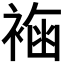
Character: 𧛳